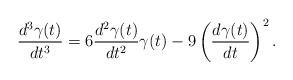
LaTeX: \begin{align*}\frac{d^3\gamma(t)}{dt^3}=6\frac{d^2\gamma(t)}{dt^2}\gamma(t)-9\left(\frac{d\gamma(t)}{dt}\right)^2.\end{align*}